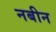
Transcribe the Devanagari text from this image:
नबीन